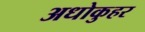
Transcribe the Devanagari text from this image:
अधोकुहर